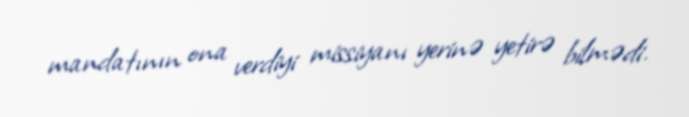
mandatının ona verdiyi missiyanı yerinə yetirə bilmədi.